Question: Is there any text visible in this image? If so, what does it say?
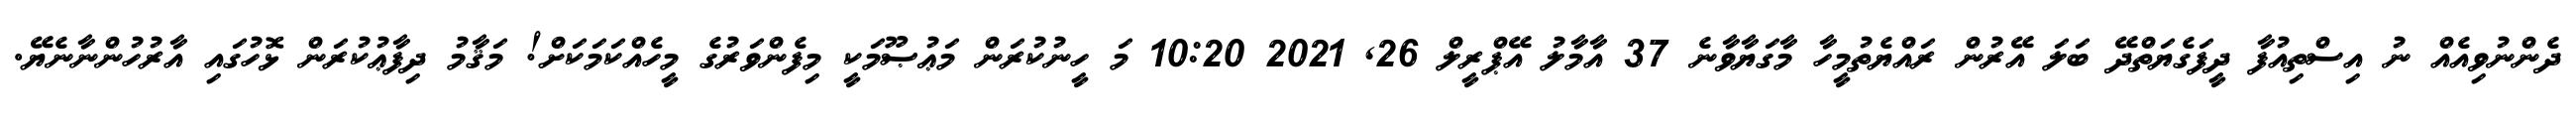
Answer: ދެންނުވިއެއް ނު އިސްތިއުފާ ދީފަގެޔަތްދޭ ބަލަ އޭރުން ރައްޔެތުމީހާ މާގަޔާވާނެ 37 އާމާލު އޭޕްރީލް 26, 2021 10:20 މަ ހީނުކުރަން މަޢުޞޫމަކީ މިފެންވަރުގެ މީހެއްކަމަކަށް! މަޤާމު ދިފާޢުކުރަން ޅޮހުގައި އާރުހުންނާނެޔޭ.